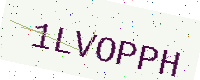
Text: 1LVOPPH